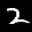
Label: 2